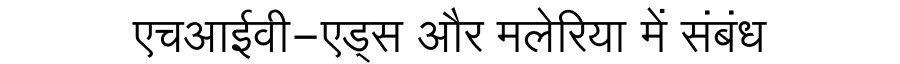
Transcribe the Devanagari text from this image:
एचआईवी-एड्स और मलेरिया में संबंध